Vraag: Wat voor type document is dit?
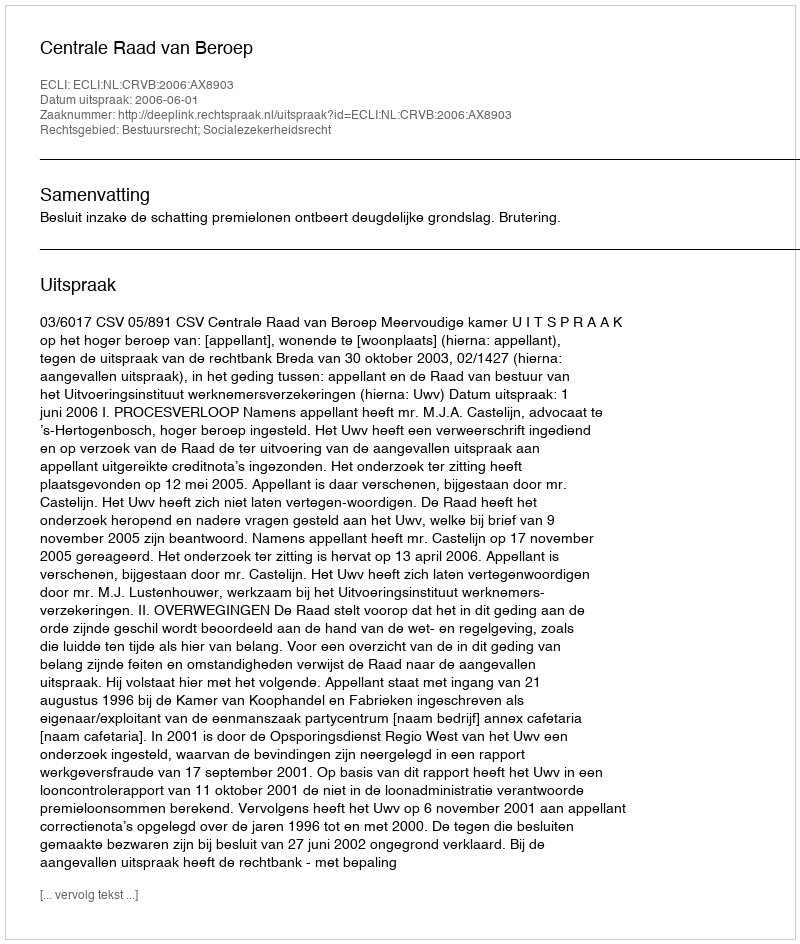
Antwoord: Uitspraak